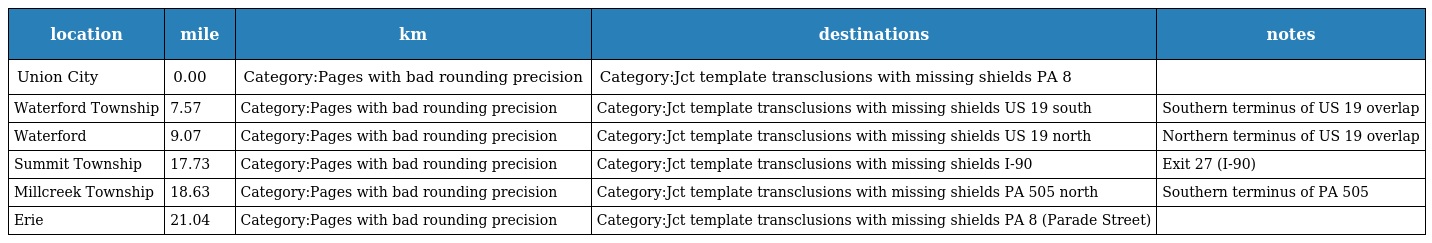
| location | mile | km | destinations | notes |
 | --- | --- | --- | --- | --- |
 | Union City | 0.00 | Category:Pages with bad rounding precision | Category:Jct template transclusions with missing shields PA 8 |  |
 | Waterford Township | 7.57 | Category:Pages with bad rounding precision | Category:Jct template transclusions with missing shields US 19 south | Southern terminus of US 19 overlap |
 | Waterford | 9.07 | Category:Pages with bad rounding precision | Category:Jct template transclusions with missing shields US 19 north | Northern terminus of US 19 overlap |
 | Summit Township | 17.73 | Category:Pages with bad rounding precision | Category:Jct template transclusions with missing shields I-90 | Exit 27 (I-90) |
 | Millcreek Township | 18.63 | Category:Pages with bad rounding precision | Category:Jct template transclusions with missing shields PA 505 north | Southern terminus of PA 505 |
 | Erie | 21.04 | Category:Pages with bad rounding precision | Category:Jct template transclusions with missing shields PA 8 (Parade Street) |  |